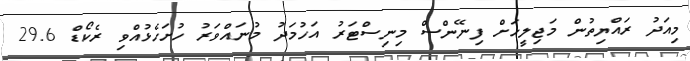
މިއަދު ރައްޔިތުން މަޖިލީހަށް ފިނޭންސް މިނިސްޓަރު އަހުމަދު މުނައްވަރު ހުށަހެޅުއްވި ރެކޯޑް 29.6